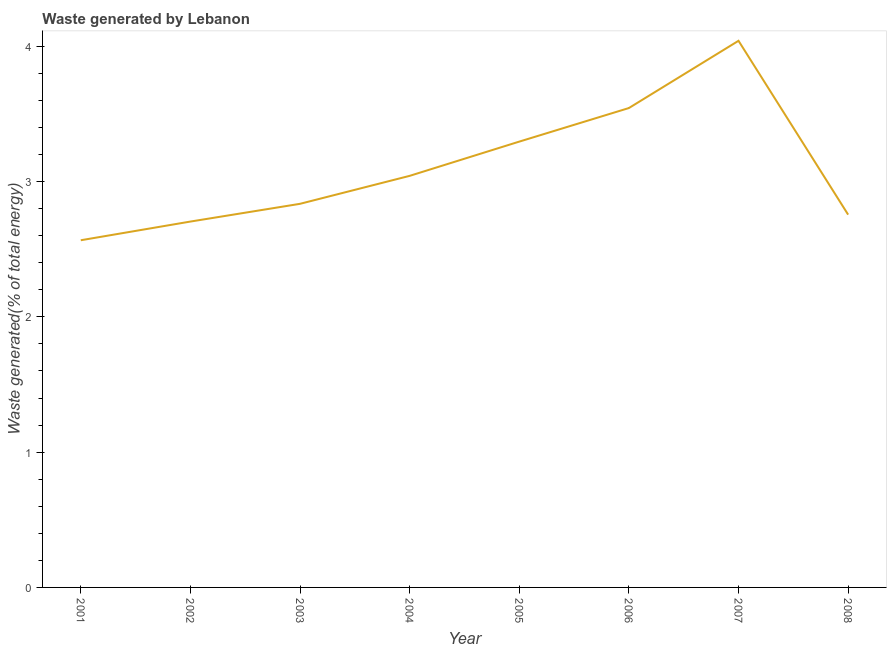
| Year | Combustible renewables and waste (% of total energy) |
 | --- | --- |
 | 2001 | 2.57 |
 | 2002 | 2.7 |
 | 2003 | 2.84 |
 | 2004 | 3.04 |
 | 2005 | 3.3 |
 | 2006 | 3.54 |
 | 2007 | 4.04 |
 | 2008 | 2.76 |